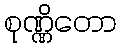
စုဏ္ဏိတော